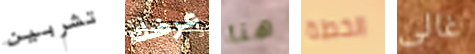
تشربين عرضك هنا الخطة غالى